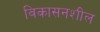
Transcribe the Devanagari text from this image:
विकासनशील